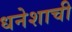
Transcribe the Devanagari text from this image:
धनेशाची